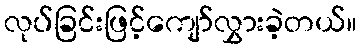
လုပ်ခြင်းဖြင့်ကျော်လွှားခဲ့တယ်။